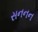
સનનન